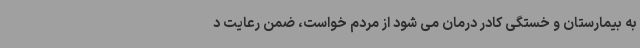
به بیمارستان و خستگی کادر درمان می شود از مردم خواست، ضمن رعایت د